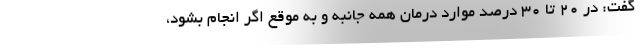
گفت: در ۲۰ تا ۳۰ درصد موارد درمان همه جانبه و به موقع اگر انجام بشود،